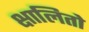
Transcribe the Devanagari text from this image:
क्षालितो